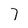
Character: 7